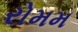
રોમમ